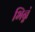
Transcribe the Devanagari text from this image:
भिन्नं